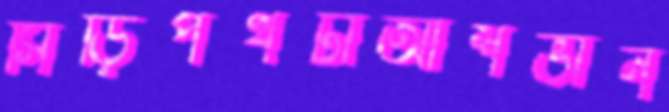
সিঁড়িপথটাআশভান